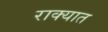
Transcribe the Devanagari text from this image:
राक्यात